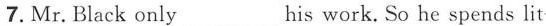
7.Mr. Black only _his work. So he spends lit